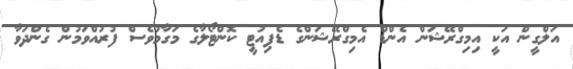
އަލްގީން އަކީ އިމިގްރޭޝަން އެންޑް އެމިގްރޭޝަންގެ ޑެޕިއުޓީ ކޮންޓޯލާގެ މަގާމުވެސް ފުރުއްވަމުން ގެންދަވާ